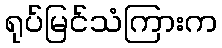
ရုပ်မြင်သံကြားက